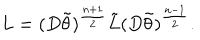
L = ( D \tilde { \theta } ) ^ { \frac { n + 1 } { 2 } } \tilde { L } ( D \tilde { \theta } ) ^ { \frac { n - 1 } { 2 } } .